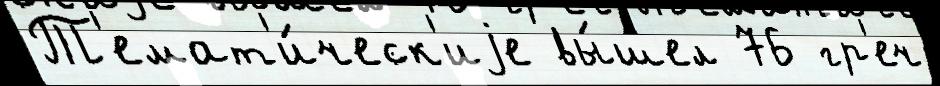
Т'емат'и́ческ'иjе вы́шел 76 гр'еч